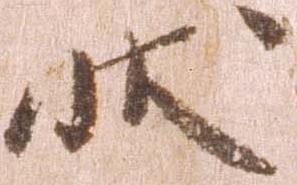
状